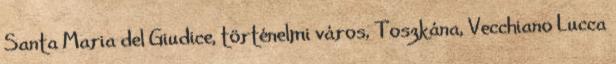
Santa Maria del Giudice, történelmi város, Toszkána, Vecchiano Lucca